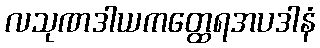
လသုဏဒါယကတ္ထေရအပဒါနံ